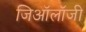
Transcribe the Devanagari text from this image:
जिऑलॉजी